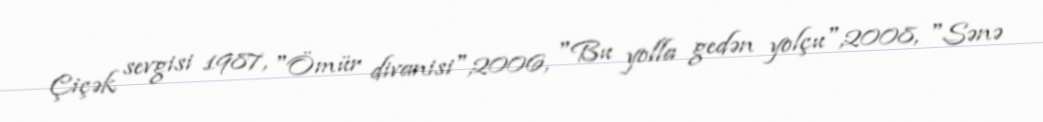
Çiçək sevgisi 1987, "Ömür divanisi",2006, "Bu yolla gedən yolçu",2008, "Sənə